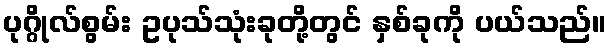
ပုဂ္ဂိုလ်စွမ်း ဥပုသ်သုံးခုတို့တွင် နှစ်ခုကို ပယ်သည်။